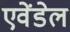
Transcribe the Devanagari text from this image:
एवेंडेल